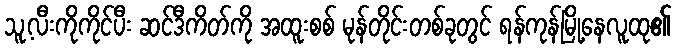
သူ့လီးကိုကိုင်ပီး ဆင်ဒီကိတ်ကို အထူးစစ် မုန်တိုင်းတစ်ခုတွင် ရန်ကုန်မြို့နေလူထု၏